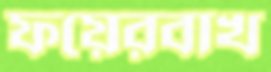
ফয়েরবাখ